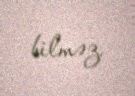
bilməz.